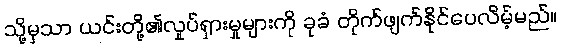
သို့မှသာ ယင်းတို့၏လှုပ်ရှားမှုများကို ခုခံ တိုက်ဖျက်နိုင်ပေလိမ့်မည်။